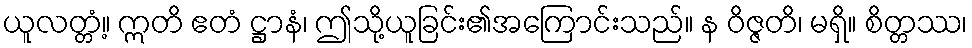
ယူလတ္တံ့။ ဣတိ ဧတံ ဋ္ဌာနံ၊ ဤသို့ယူခြင်း၏အကြောင်းသည်။ န ဝိဇ္ဇတိ၊ မရှိ။ စိတ္တဿ၊